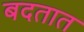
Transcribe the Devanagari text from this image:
बदतात